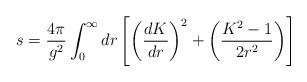
LaTeX: \begin{align*}s = {4\pi \over g^2}\int^\infty_0 dr \left[\left({dK\over dr}\right)^2 +\left({K^2 -1 \over 2r^2}\right)\right]\end{align*}